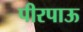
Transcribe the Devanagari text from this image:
पीरपाऊ